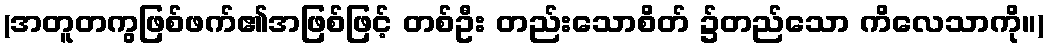
(အတူတကွဖြစ်ဖက်၏အဖြစ်ဖြင့် တစ်ဦး တည်းသောစိတ် ၌တည်သော ကိလေသာကို။)